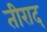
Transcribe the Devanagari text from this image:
तीराद्